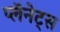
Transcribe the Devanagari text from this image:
प्लॅनेट्स